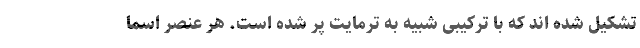
تشکیل شده اند که با ترکیبی شبیه به ترمایت پر شده است. هر عنصر اسماً